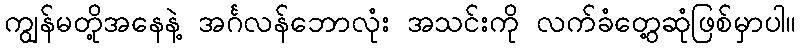
ကျွန်မတို့အနေနဲ့ အင်္ဂလန်ဘောလုံး အသင်းကို လက်ခံတွေ့ဆုံဖြစ်မှာပါ။